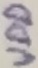
Text: VDD